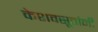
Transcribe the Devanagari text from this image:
केशवसूतांनी